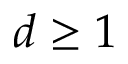
d \ge 1